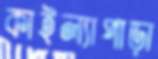
কাইল্যাপাড়া